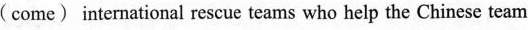
(come) international rescue teams who help the Chinese team